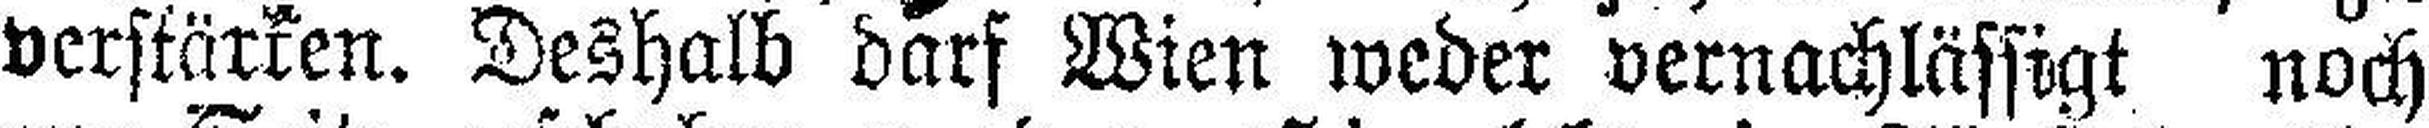
verstärken. Deshalb darf Wien weder vernachlässigt noch